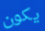
يكون